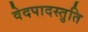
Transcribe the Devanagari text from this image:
वेदपादस्तुति